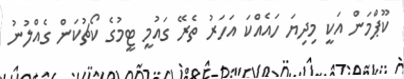
ކޫޕްމަން އަކީ މިދިޔަ ހައެއްކަ އަހަރު ތެރޭ ގައުމީ ޓީމުގެ ކޯޗުކަން ގެއްލުނު